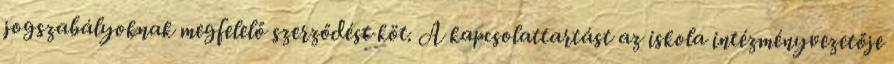
jogszabályoknak megfelelő szerződést köt. A kapcsolattartást az iskola intézményvezetője